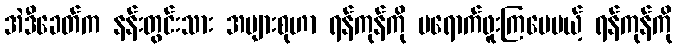
အဲဒီခေတ်က နန်းတွင်းသား အများစုဟာ ရန်ကုန်ကို မရောက်ဖူးကြပေမယ့် ရန်ကုန်ကို